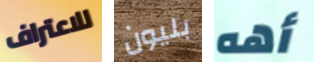
للاعتراف بليون أهه